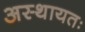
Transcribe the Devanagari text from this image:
अस्थायतः